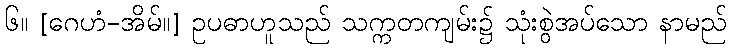
၆။ [ဂေဟံ-အိမ်။] ဥပဓာဟူသည် သက္ကတကျမ်း၌ သုံးစွဲအပ်သော နာမည်